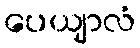
ပေယျာလံ